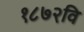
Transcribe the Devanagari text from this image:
१८७२वि